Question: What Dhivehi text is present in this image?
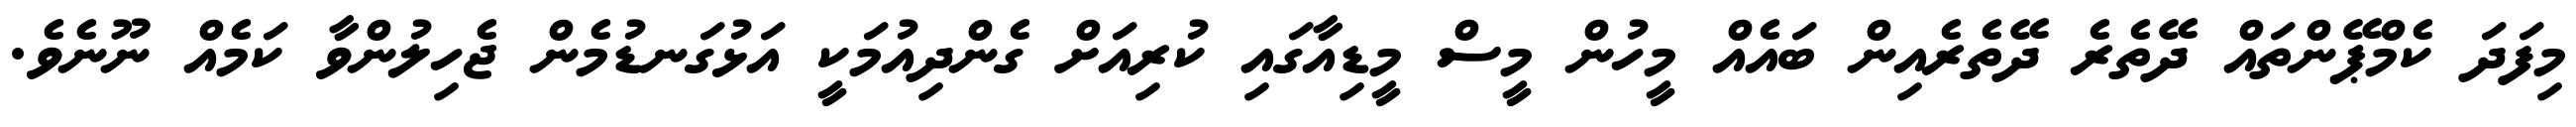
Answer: މިފަދަ ކެމްޕޭންތައް ދޭތެރެ ދޭތެރެއިން ބައެއް މީހުން މީސް މީޑިއާގައި ކުރިއަށް ގެންދިއުމަކީ އަޅުގަނޑުމެން ޖެހިލުންވާ ކަމެއް ނޫނެވެ.